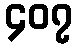
၄၀၇